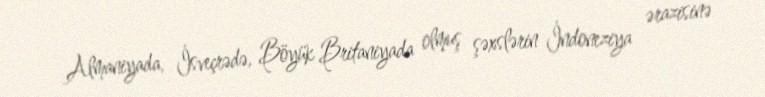
Almaniyada, İsveçrədə, Böyük Britaniyada olmuş şəxslərin İndoneziya ərazisinə